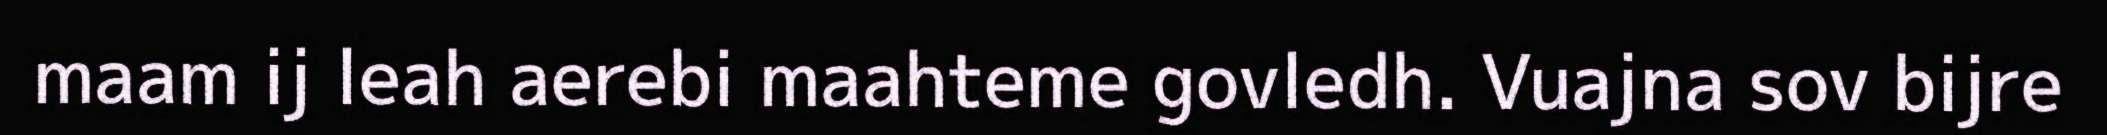
maam ij leah aerebi maahteme govledh. Vuajna sov bijre